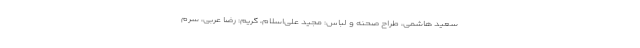
سعید هاشمی، طراح صحنه و لباس: مجید علی‌اسلام، گریم: رضا عربی، سرم